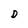
Character: D